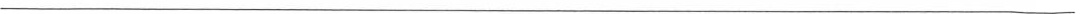
___